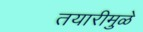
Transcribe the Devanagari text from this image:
तयारीमुळे